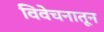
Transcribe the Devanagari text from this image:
विवेचनातून